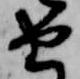
由